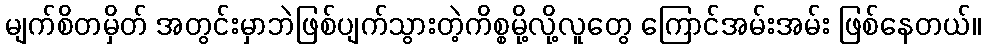
မျက်စိတမှိတ် အတွင်းမှာဘဲဖြစ်ပျက်သွားတဲ့ကိစ္စမို့လို့လူတွေ ကြောင်အမ်းအမ်း ဖြစ်နေတယ်။